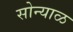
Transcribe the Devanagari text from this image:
सोन्याळ